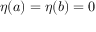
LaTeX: \eta ( a ) = \eta ( b ) = 0